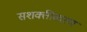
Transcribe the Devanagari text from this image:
सशक्तीकऱण